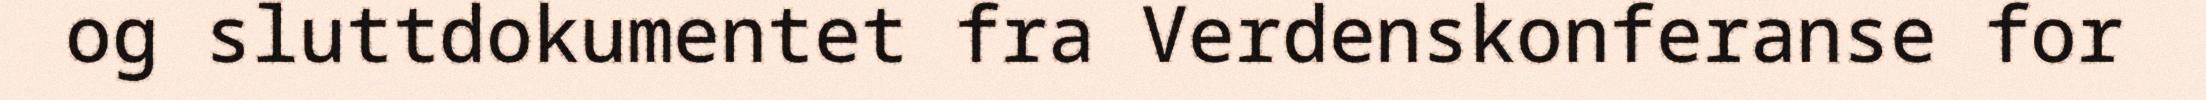
og sluttdokumentet fra Verdenskonferanse for